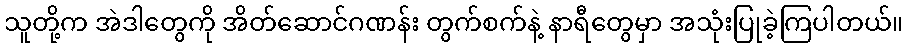
သူတို့က အဲဒါတွေကို အိတ်ဆောင်ဂဏန်း တွက်စက်နဲ့ နာရီတွေမှာ အသုံးပြုခဲ့ကြပါတယ်။